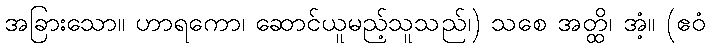
အခြားသော။ ဟာရကော၊ ဆောင်ယူမည့်သူသည်၊) သစေ အတ္ထိ၊ အံ့။ (ဧဝံ